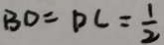
B D = D C = \frac { 1 } { 2 }